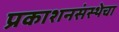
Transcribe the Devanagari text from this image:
प्रकाशनसंस्थेचा